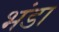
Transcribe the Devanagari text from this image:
भंडा